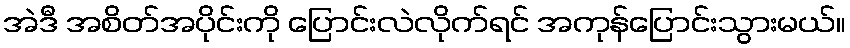
အဲဒီ အစိတ်အပိုင်းကို ပြောင်းလဲလိုက်ရင် အကုန်ပြောင်းသွားမယ်။